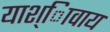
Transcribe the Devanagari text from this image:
याश्ािवाय